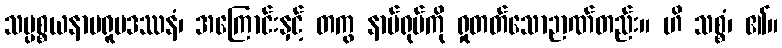
သပ္ပစ္စယနာမရူပဒဿနံ၊ အကြောင်းနှင့် တကွ နာမ်ရုပ်ကို ရှုတတ်သောဉာဏ်တည်း။ ဟိ သစ္စံ၊ ၏။